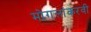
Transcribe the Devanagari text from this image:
मोगलांकरवी